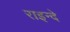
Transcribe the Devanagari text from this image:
राइन्दे